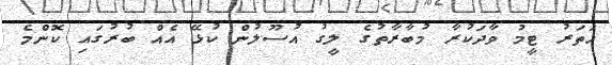
ހަތަރު ޓީމު ވާދަކުރާ މުބާރާތުގެ ލީގު އުސޫލުން ކުޅޭ އެއް ބުރުގައި ކޮންމެ